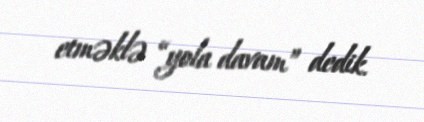
etməklə “yola davam” dedik.